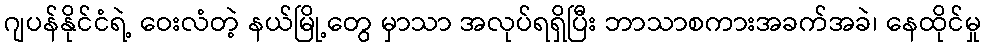
ဂျပန်နိုင်ငံရဲ့ ဝေးလံတဲ့ နယ်မြို့တွေ မှာသာ အလုပ်ရရှိပြီး ဘာသာစကားအခက်အခဲ၊ နေထိုင်မှု